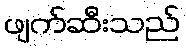
ဖျက်ဆီးသည်